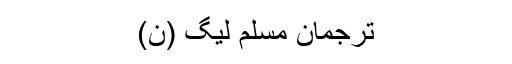
ترجمان مسلم لیگ (ن)